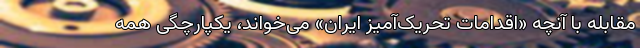
مقابله با آنچه «اقدامات تحریک‌آمیز ایران» می‌خواند، یکپارچگی همه